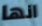
انها